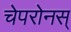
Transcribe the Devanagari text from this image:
चेपरोनस्